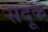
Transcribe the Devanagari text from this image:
सदूक